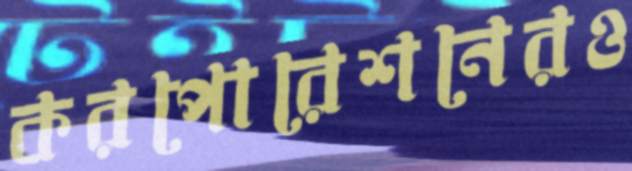
করপোরেশনেরও